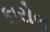
કારોલ